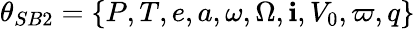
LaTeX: \theta_{SB2}=\{ P,T,e,a,\omega,\Omega,\mathbf{i},V_{0},\varpi,q\}